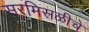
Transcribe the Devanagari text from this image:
सरमिसळीचे